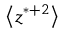
\big < z ^ { * + 2 } \big >